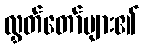
လွှတ်တော်များ၏